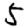
Digit: 5